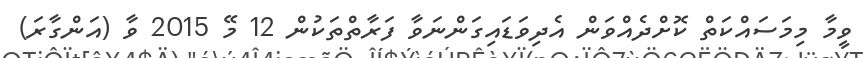
ވީމާ މިމަސައްކަތް ކޮށްދެއްވަން އެދިވަޑައިގަންނަވާ ފަރާތްތަކުން 12 މޭ 2015 ވާ (އަންގާރަ)